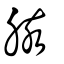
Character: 胲